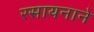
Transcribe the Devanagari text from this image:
रसायनाने